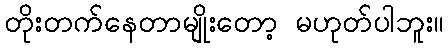
တိုးတက်နေတာမျိုးတော့ မဟုတ်ပါဘူး။